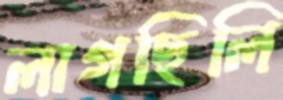
লাগছিলি